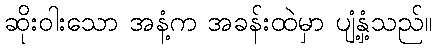
ဆိုးဝါးသော အနံ့က အခန်းထဲမှာ ပျံ့နှံ့သည်။